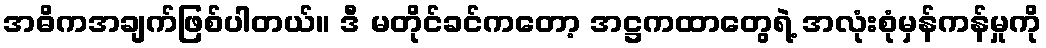
အဓိကအချက်ဖြစ်ပါတယ်။ ဒီ မတိုင်ခင်ကတော့ အဋ္ဌကထာတွေရဲ့ အလုံးစုံမှန်ကန်မှုကို